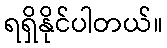
ရရှိနိုင်ပါတယ်။